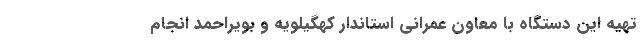
تهیه این دستگاه با معاون عمرانی استاندار کهگیلویه و بویراحمد انجام